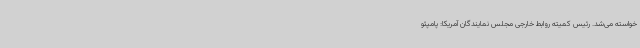
خواسته می‌شد. رئیس کمیته روابط خارجی مجلس نمایندگان آمریکا: پامپئو